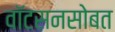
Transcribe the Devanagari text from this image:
वाॅटसनसोबत